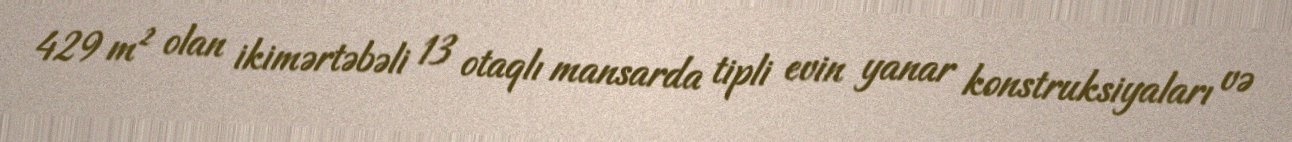
429 m² olan ikimərtəbəli 13 otaqlı mansarda tipli evin yanar konstruksiyaları və